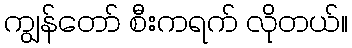
ကျွန်တော် စီးကရက် လိုတယ်။